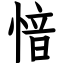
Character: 愔